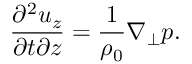
\frac { \partial ^ { 2 } u _ { z } } { \partial t \partial z } = \frac { 1 } { \rho _ { 0 } } \nabla _ { \perp } p .